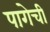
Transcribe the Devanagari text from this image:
पागेची